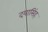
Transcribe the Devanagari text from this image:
दयासिंह